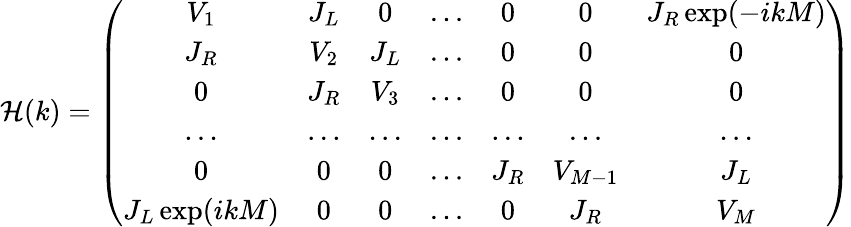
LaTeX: \mathcal{H}(k)=\left(\begin{array}{ccccccc}{V_{1}}&{J_{L}}&{0}&{...}&{0}&{0}&{J_{R}\exp(-ikM)}\\ {J_{R}}&{V_{2}}&{J_{L}}&{...}&{0}&{0}&{0}\\ {0}&{J_{R}}&{V_{3}}&{...}&{0}&{0}&{0}\\ {...}&{...}&{...}&{...}&{...}&{...}&{...}\\ {0}&{0}&{0}&{...}&{J_{R}}&{V_{M-1}}&{J_{L}}\\ {J_{L}\exp(ikM)}&{0}&{0}&{...}&{0}&{J_{R}}&{V_{M}}\end{array}\right)